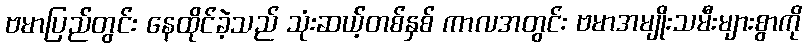
ဗမာပြည်တွင်း နေထိုင်ခဲ့သည် သုံးဆယ့်တစ်နှစ် ကာလအတွင်း ဗမာအမျိုးသမီးများစွာကို